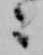
々